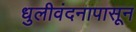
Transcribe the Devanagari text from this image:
धुलीवंदनापासून